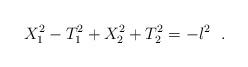
LaTeX: \begin{align*}X^2_1-T^2_1+X^2_2+T^2_2=-l^2~~.\end{align*}